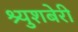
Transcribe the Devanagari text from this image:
श्र्युशबेरी